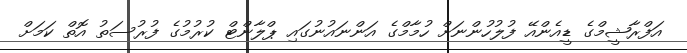
އަފްރާޝީމްގެ ޑީއެންއޭ ފުލުހުންނަށް ހުމާމްގެ އަންނައުނުގައި ޕްލާންޓް ކުރުމުގެ ފުރުސަތު އޮތް ކަމަށް